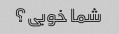
شما خوبی؟